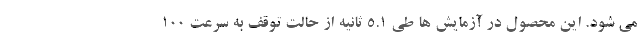
می شود. این محصول در آزمایش ها طی 5.1 ثانیه از حالت توقف به سرعت 100